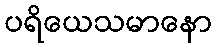
ပရိယေသမာနော